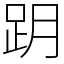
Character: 跀